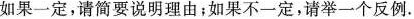
如果一定，请简要说明理由；如果不一定，请举一个反例。